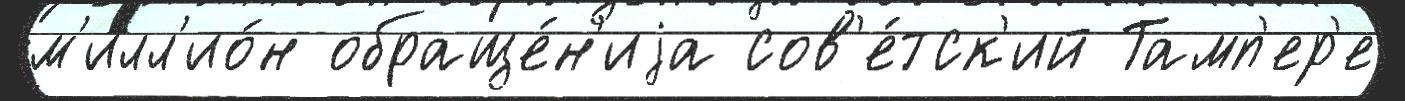
м'илл'ио́н обраще́н'иjа сов'е́тск'ий Тамп'ер'е